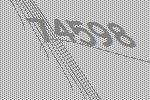
74598